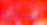
أستطيع